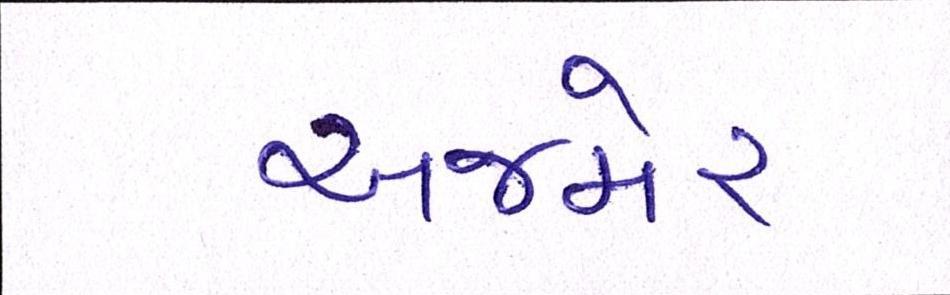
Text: અજમેર